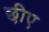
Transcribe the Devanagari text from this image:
छीए